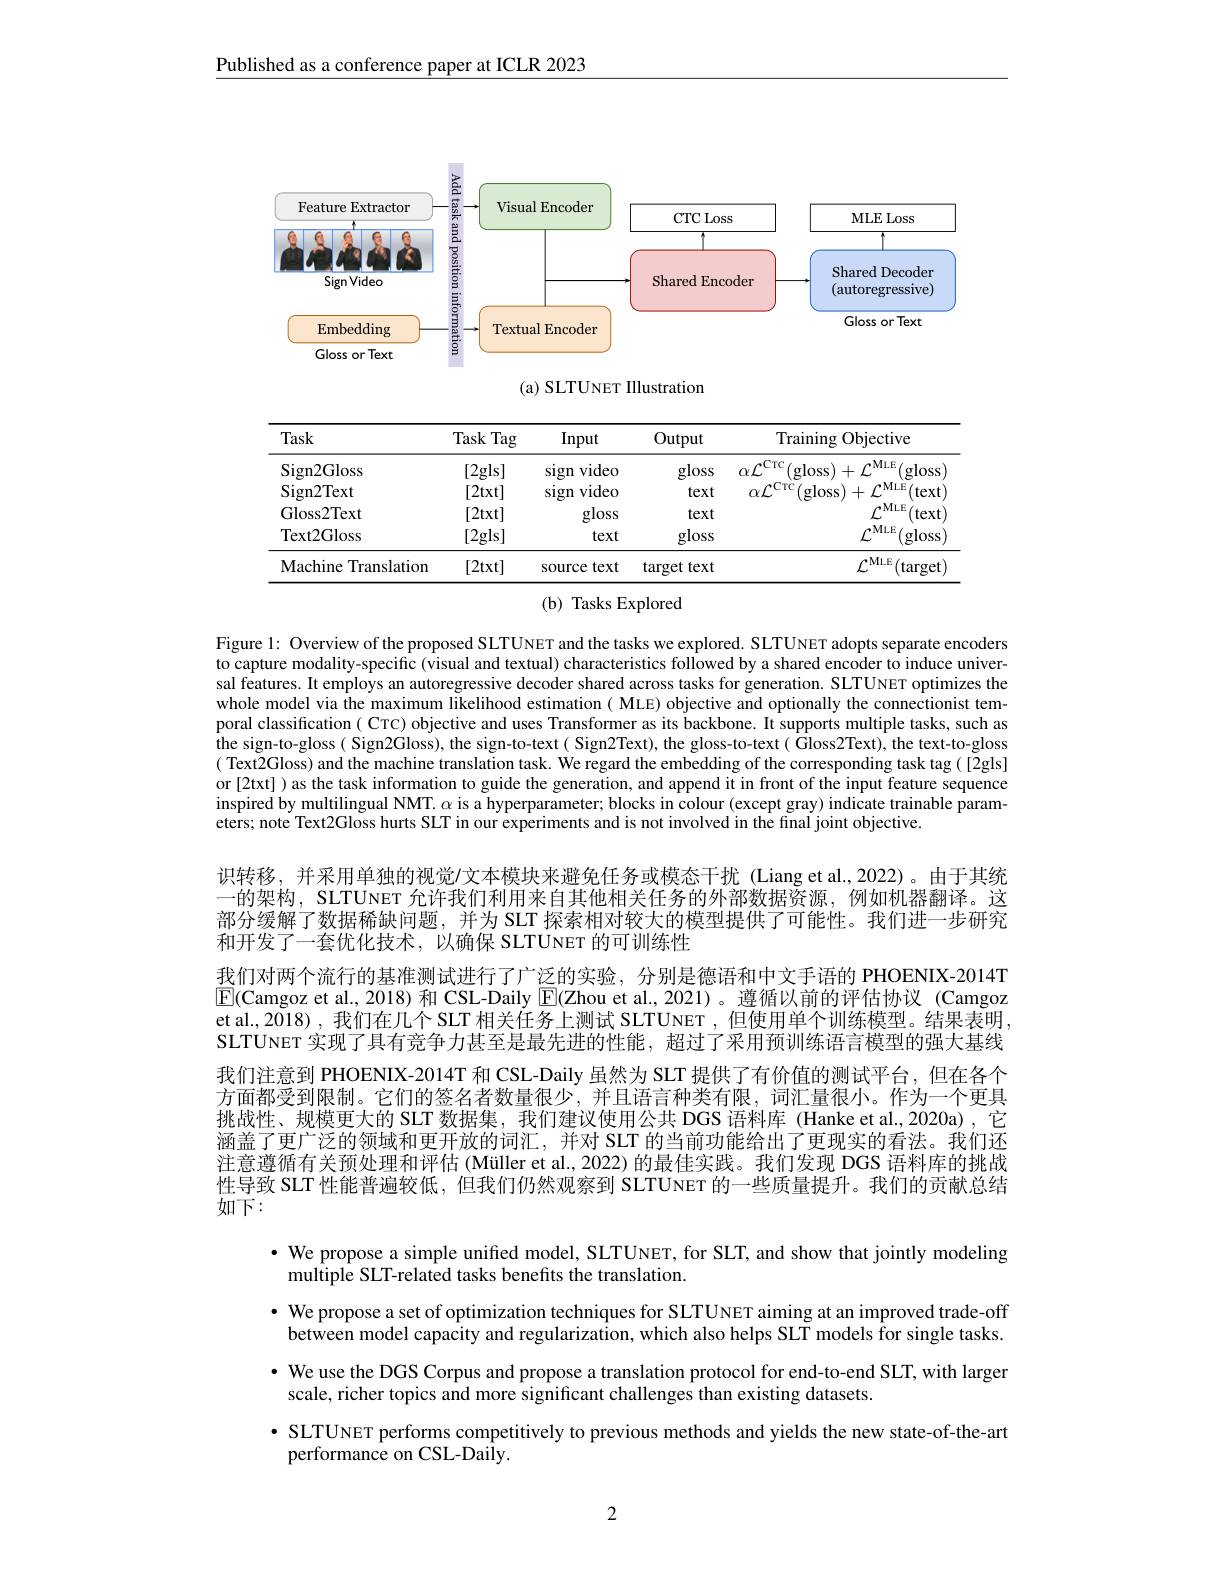
Published as a conference paper at ICLR 2023

<FigureHere>

(a) SLTUNET IIlustration

<table>
	<tbody>
		<tr>
			<th>Task</th>
			<th>Task Tag</th>
			<th>Input</th>
			<th>Output</th>
			<th>Training g Objective</th>
		</tr>
		<tr>
			<td>Sign2Gloss</td>
			<td>[2gls]</td>
			<td>sign video</td>
			<td>gloss</td>
			<td>$afLIC_{f}$ (gloss$)+\mathcal{L}^\mathrm{MLE}($ (gloss</td>
		</tr>
		<tr>
			<td>Sign2Text</td>
			<td>[2txt]</td>
			<td>video sign</td>
			<td>text</td>
			<td>$+\mathcal{L}^{\mathrm{MLE}}($text) $\alpha f^{\mathrm{CTC}}$ $(\mathbf{gloss})$</td>
		</tr>
		<tr>
			<td>Gloss2Text</td>
			<td>[2txt]</td>
			<td>gloss</td>
			<td>text</td>
			<td>$\mathcal{L}^{\mathrm{MLE}}($text)</td>
		</tr>
		<tr>
			<td>Text2Gloss</td>
			<td>[2gls]</td>
			<td>text</td>
			<td>gloss</td>
			<td>$\rho MLE$ (gloss</td>
		</tr>
		<tr>
			<td>Machine Translation</td>
			<td>[2txt]</td>
			<td>source text</td>
			<td>target text</td>
			<td>$\rho^{\mathrm{MLE}}$ (target</td>
		</tr>
	</tbody>
</table>

## (b) Tasks Explored

Figure 1: Overview of the proposed SLTUNET and the tasks we explored. SLTUNET adopts separate encoders to capture modality-specific(visual and textual) characteristics followed by a shared encoder to induce universal features. It employs an autoregressive decoder shared across tasks for generation. SLTUNET optimizes the whole model via the maximum likelihood estimation ( MLE) objective and optionally the connectionist temporal classification( CTC) objective and uses Transformer as its backbone. It supports multiple tasks, such as the sign-to-gloss( Sign2Gloss), the sign-to-text( Sign2Text), the gloss-to-text( Gloss2Text), the text-to-gloss ( Text2Gloss) and the machine translation task. We regard the embedding of the corresponding task tag([2gls] or [2txt] ) as the task information to guide the generation, and append it in front of the input feature sequence inspired by multilingual NMT. $\alpha$ is a hyperparameter; blocks in colour (except gray) indicate trainable parameters; note Text2Gloss hurts SLT in our experiments and is not involved in the final joint objective.

识转移，并采用单独的视觉/文本模块来避免任务或模态干扰(Liang et al.,2022)。由于其统一的架构，SLTUNET 允许我们利用来自其他相关任务的外部数据资源，例如机器翻译。这部分缓解了数据稀缺问题，并为 SLT 探索相对较大的模型提供了可能性。我们进一步研究和开发了一套优化技术，以确保 SLTUNET 的可训练性
我们对两个流行的基准测试进行了广泛的实验，分别是德语和中文手语的 PHOENIX-2014T $\boxed{\mathrm{F}}($Camgoz et al.,2018) 和 CSL-Daily $\boxed{\mathrm{E}}($Zhou et al.2021)。遵循以前的评估协议(Camgoz et al., 2018) , 我们在几个 SLT 相关任务上测试 SLTUNET ,但使用单个训练模型。结果表明SLTUNET 实现了具有竞争力甚至是最先进的性能，超过了采用预训练语言模型的强大基线我们注意到 PHOENIX-2014T 和 CSL-Daily 虽然为 SLT 提供了有价值的测试平台，但在各个方面都受到限制。它们的签名者数量很少，并且语言种类有限，词汇量很小。作为一个更具挑战性、规模更大的 SLT 数据集，我们建议使用公共 DGS 语料库 (Hanke et al.,2020a) ,它涵盖了更广泛的领域和更开放的词汇，并对 SLT 的当前功能给出了更现实的看法。我们还注意遵循有关预处理和评估 (Müller et al., 2022) 的最佳实践。我们发现 DGS 语料库的挑战性导致 SLT 性能普遍较低，但我们仍然观察到 SLTUNET 的一些质量提升。我们的贡献总结如下：
· We propose a simple unified model, SLTUNET, for SLT, and show that jointly modeling
multiple SLT-related tasks benefits the translation.
· We propose a set of optimization techniques for SLTUNET aiming at an improved trade-off between model capacity and regularization, which also helps SLT models for single tasks. $\cdot$ We use the DGS Corpus and propose a translation protocol for end-to-end SLT, with larger
scale, richer topics and more significant challenges than existing datasets.
· SLTUNET performs competitively to previous methods and yields the new state-of-the-art
performance on CSL-Daily

2